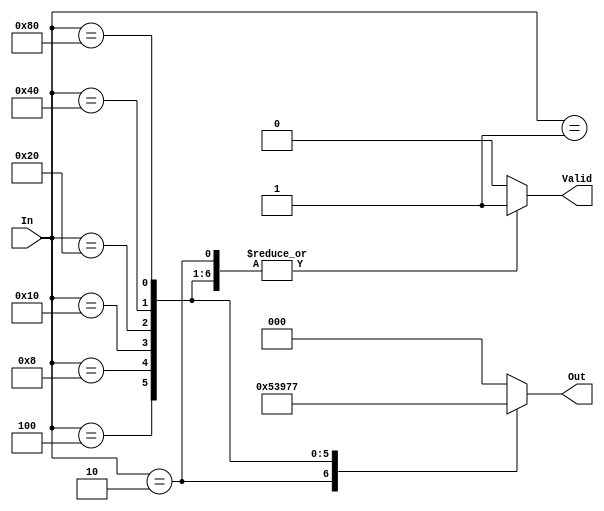
module Encoder(Valid, Out, In);

input [7:0] In;

output Valid;
output [2:0] Out;

reg Valid;
reg [2:0] Out;

always @(In)
begin
	Valid = 1;
	case(In)
	8'h01: Out = 0;
	8'h02: Out = 1;
	8'h04: Out = 2;
	8'h08: Out = 3;
	8'h10: Out = 4;
	8'h20: Out = 5;
	8'h40: Out = 6;
	8'h80: Out = 7;
	default:
		begin Valid = 0; Out = 0; end
	endcase
end

endmodule